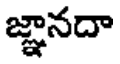
జ్ఞానదా